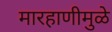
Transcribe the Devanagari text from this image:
मारहाणीमुळे